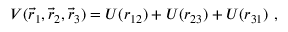
V ( \vec { r } _ { 1 } , \vec { r } _ { 2 } , \vec { r } _ { 3 } ) = U ( r _ { 1 2 } ) + U ( r _ { 2 3 } ) + U ( r _ { 3 1 } ) ~ ,